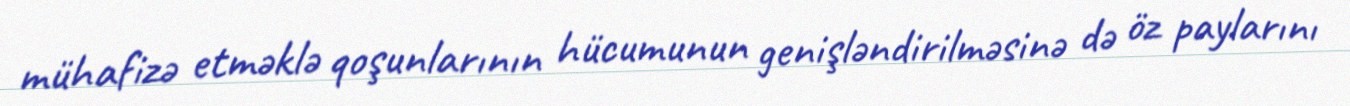
mühafizə etməklə qoşunlarının hücumunun genişləndirilməsinə də öz paylarını